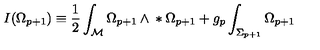
I ( \Omega _ { p + 1 } ) \equiv { } \frac { 1 } { 2 } \int _ { \cal { M } } \Omega _ { p + 1 } \wedge { } * \Omega _ { p + 1 } { } + g _ { p } \int _ { \Sigma _ { p + 1 } } \Omega _ { p + 1 }